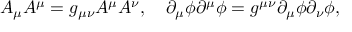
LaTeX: A _ { \mu } A ^ { \mu } = g _ { \mu \nu } A ^ { \mu } A ^ { \nu } , \quad \partial _ { \mu } \phi \partial ^ { \mu } \phi = g ^ { \mu \nu } \partial _ { \mu } \phi \partial _ { \nu } \phi ,